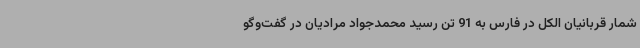
شمار قربانیان الکل در فارس به 91 تن رسید محمدجواد مرادیان در گفت‌وگو